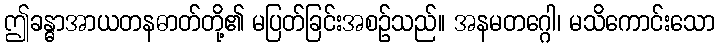
ဤခန္ဓာအာယတနဓာတ်တို့၏ မပြတ်ခြင်းအစဉ်သည်။ အနမတဂ္ဂေါ၊ မသိကောင်းသော